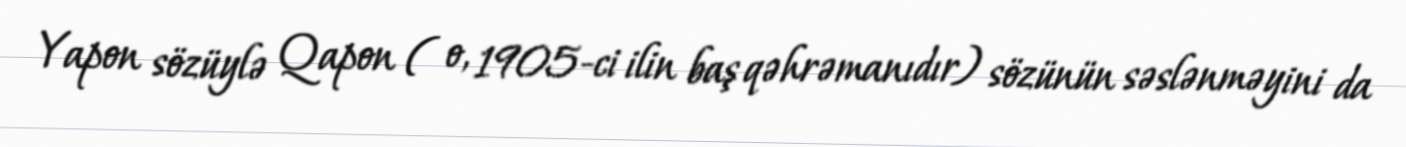
Yapon sözüylə Qapon ( o, 1905-ci ilin baş qəhrəmanıdır) sözünün səslənməyini da